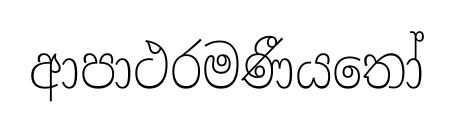
ආපාථරමණීයතෝ